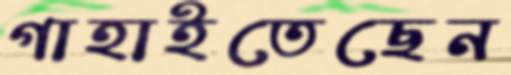
গাহাইতেছেন